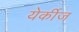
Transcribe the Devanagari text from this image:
येर्कीज